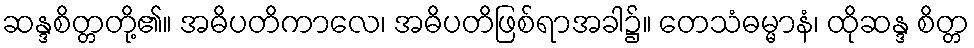
ဆန္ဒစိတ္တတို့၏။ အဓိပတိကာလေ၊ အဓိပတိဖြစ်ရာအခါ၌။ တေသံဓမ္မာနံ၊ ထိုဆန္ဒ စိတ္တ